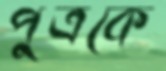
পুত্রকে